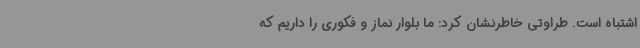
اشتباه است. طراوتی خاطرنشان کرد: ما بلوار نماز و فکوری را داریم که